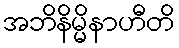
အဘိနိမ္မိနာဟီတိ